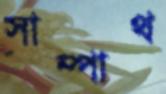
সাম্পাথ